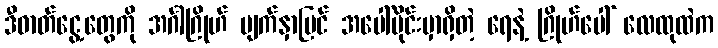
ဒီဓာတ်ငွေ့တွေကို အင်္ဂါဂြိုဟ် မျက်နှာပြင် အပေါ်ပိုင်းမှာရှိတဲ့ ရေနဲ့ ဂြိုဟ်ပေါ် လေထုထဲက